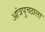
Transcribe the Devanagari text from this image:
आंत्रपुच्छाला